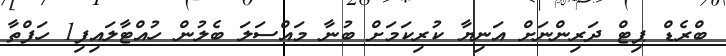
ބްރެޑް ޕިޓް ދަރިންނަށް އަނިޔާ ކުރިކަމަށް ބުނާ މައްސަލަ ބެލުން ހުއްޓާލައިފި1 ހަފްތާ